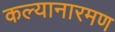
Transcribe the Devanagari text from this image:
कल्यानारमण